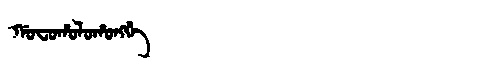
Manchu: ᡤᠣᠸᠣᡥᠣᠯᠣᡥᠣᠩᡤᡝ
Romanization: GOFOHOLOHONGGE